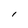
Character: l